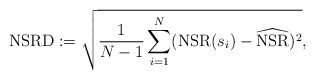
\begin{align*} \mathrm{NSRD} := \sqrt{\frac{1}{N-1} \sum_{i=1}^{N}(\mathrm{NSR}(s_i) - \widehat{\mathrm{NSR}})^{2}},\end{align*}